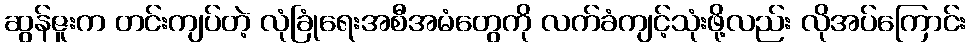
ဆွန်ဇူးက တင်းကျပ်တဲ့ လုံခြုံရေးအစီအမံတွေကို လက်ခံကျင့်သုံးဖို့လည်း လိုအပ်ကြောင်း